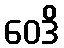
ဝေဒိ